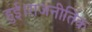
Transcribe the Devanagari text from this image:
हुई।राजनीतिक